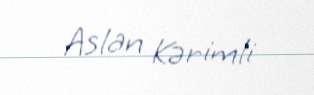
Aslan Kərimli